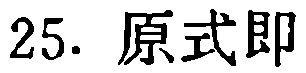
25. 原式即